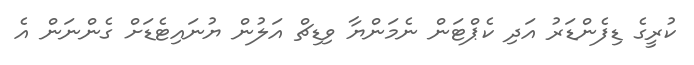
ކުރީގެ ޑިފެންޑަރު އަދި ކެޕްޓަން ނެމަންޔާ ވިޑިޗް އަލުން ޔުނައިޓެޑަށް ގެންނަން އެ